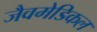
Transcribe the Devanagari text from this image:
जैवमेडिकल